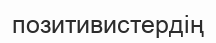
позитивистердің